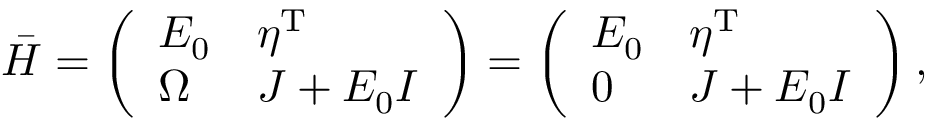
\begin{array} { r } { \boldsymbol { \bar { H } } = \left( \begin{array} { l l } { E _ { 0 } } & { \boldsymbol { \eta } ^ { \mathrm { T } } } \\ { \boldsymbol \Omega } & { \boldsymbol { J } + E _ { 0 } \boldsymbol { I } } \end{array} \right) = \left( \begin{array} { l l } { E _ { 0 } } & { \boldsymbol { \eta } ^ { \mathrm { T } } } \\ { \boldsymbol 0 } & { \boldsymbol { J } + E _ { 0 } \boldsymbol { I } } \end{array} \right) , } \end{array}